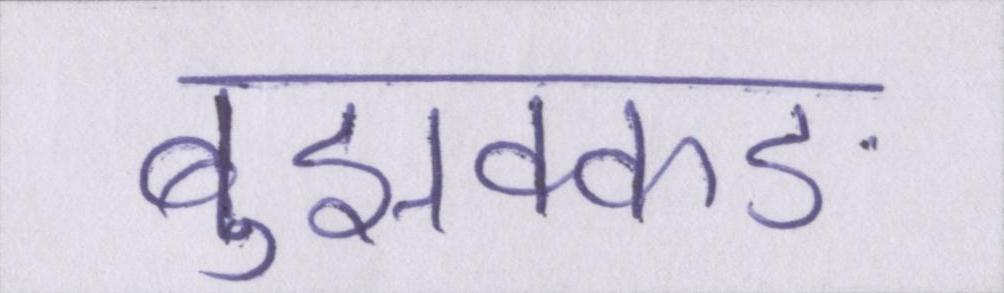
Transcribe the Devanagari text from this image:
बुझक्कङ